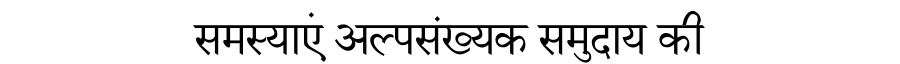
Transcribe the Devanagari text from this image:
समस्याएं अल्पसंख्यक समुदाय की